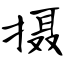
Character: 摄